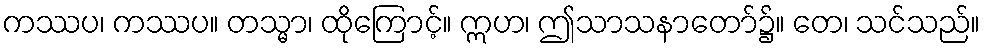
ကဿပ၊ ကဿပ။ တသ္မာ၊ ထိုကြောင့်။ ဣဟ၊ ဤသာသနာတော်၌။ တေ၊ သင်သည်။